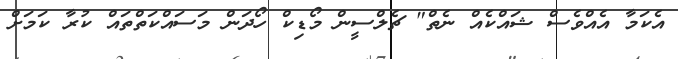
އެކަމާ އެއްވެސް ޝައްކެއް ނެތް" ޗެލްސީން މޯޑިކް ހޯދަން މަސައްކަތްތައް ކުރާ ކަމަށް